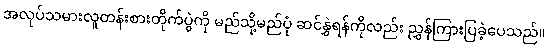
အလုပ်သမားလူတန်းစားတိုက်ပွဲကို မည်သို့မည်ပုံ ဆင်နွှဲရန်ကိုလည်း ညွှန်ကြားပြခဲ့ပေသည်။